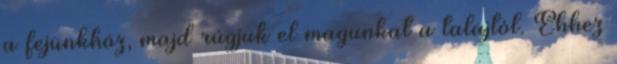
a fejünkhöz, majd rúgjuk el magunkat a talajtól. Ehhez